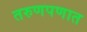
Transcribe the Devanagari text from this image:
तरुणपणात